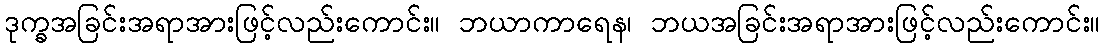
ဒုက္ခအခြင်းအရာအားဖြင့်လည်းကောင်း။ ဘယာကာရေန၊ ဘယအခြင်းအရာအားဖြင့်လည်းကောင်း။